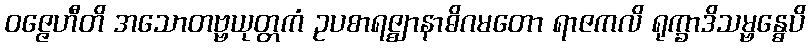
ဝဇ္ဇေဟီတိ အသောတဗ္ဗယုတ္တကံ ဥပစာရဇ္ဈာနာဓိဂမတော ရာဇကလိ ရုက္ခာဒိသမ္ဗန္ဓေပိ